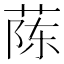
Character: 𫈟